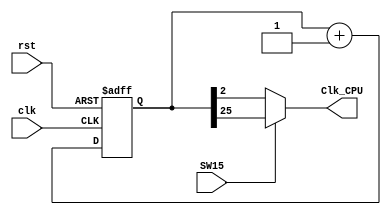
`timescale 1ns / 1ps
//////////////////////////////////////////////////////////////////////////////////
// Company: 
// Engineer: 
// 
// Design Name: 
// Module Name:    clk_div 
// Project Name: 
// Target Devices: 
// Tool versions: 
// Description: 
//
// Dependencies: 
//
// Revision: 
// Revision 0.01 - File Created
// Additional Comments: 
//
//////////////////////////////////////////////////////////////////////////////////
module clk_div( input clk,
                input rst,
                input SW15,
                output Clk_CPU
              );

// Clock divider

  reg[31:0]clkdiv;

  always @ (posedge clk or posedge rst) begin 
    if (rst) clkdiv <= 0; else clkdiv <= clkdiv + 1'b1; end

  assign Clk_CPU=(SW15)? clkdiv[25] : clkdiv[2];  // SW15 to select slow cpu clock or fast cpu clk

endmodule